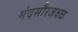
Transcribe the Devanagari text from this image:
मंदसौरजवळ